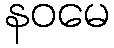
နဝမေ